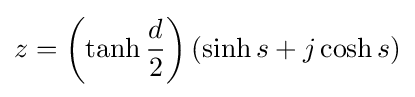
z=\left(\tanh {\frac {d}{2}}\right)(\sinh s+j\cosh s)